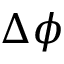
\Delta \phi